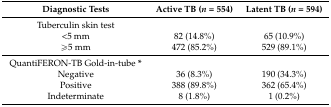
| Diagnostic Tests | Active TB (n = 554) | Latent TB (n = 594) |
 | --- | --- | --- |
 | Tuberculin skin test |  |  |
 | <5 mm | 82 (14.8%) | 65 (10.9%) |
 | ≥5 mm | 472 (85.2%) | 529 (89.1%) |
 | QuantiFERON-TB Gold-in-tube * |  |  |
 | Negative | 36 (8.3%) | 190 (34.3%) |
 | Positive | 388 (89.8%) | 362 (65.4%) |
 | Indeterminate | 8 (1.8%) | 1 (0.2%) |